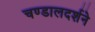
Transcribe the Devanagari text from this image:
चण्डालदर्शने